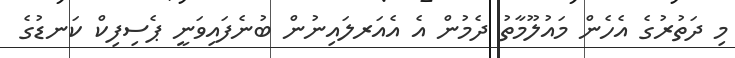
މި ދަތުރުގެ އެހެން މައުލޫމާތު ދެމުން އެ އެއަރލައިނުން ބުނެފައިވަނީ ޕެސިފިކް ކަނޑުގެ